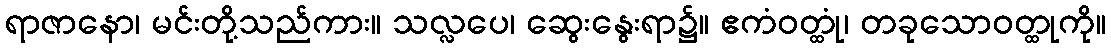
ရာဇာနော၊ မင်းတို့သည်ကား။ သလ္လပေ၊ ဆွေးနွေးရာ၌။ ဧကံဝတ္ထုံ၊ တခုသောဝတ္ထုကို။